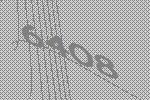
6408